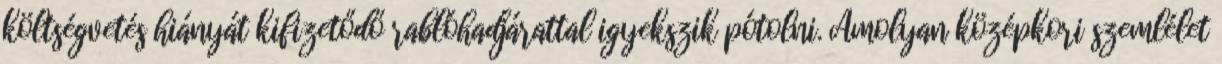
költségvetés hiányát kifizetődő rablóhadjárattal igyekszik pótolni. Amolyan középkori szemlélet